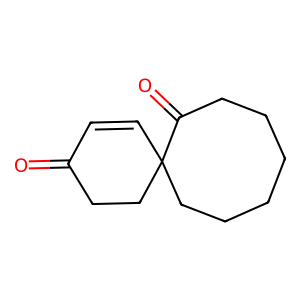
SMILES: O=C1C=CC2(CCCCCCC2=O)CC1
Inhibits HIV replication: No